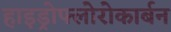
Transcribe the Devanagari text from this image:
हाइड्रोफ्लोरोकार्बन